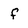
Character: f